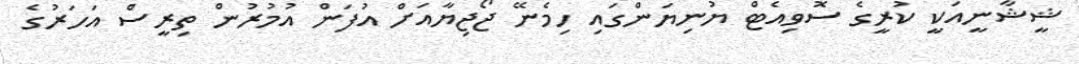
ޝީޝާނީއަކީ ކުރީގެ ސޮވިއެޓް ޔުނިޔަންގައި ހިމެނޭ ޖޯޖިޔާއަށް އުފަން އުމުރުން ތިރީސް އަހަރުގެ